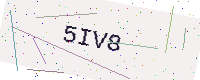
Text: 5IV8